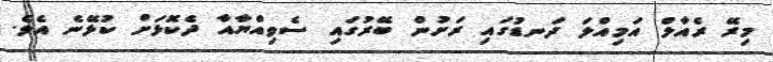
މިރޭ ރެއާލް އަމިއްލަ ދަނޑުގައި ރަށުން ބޭރުގައި ސެވިއްޔާއާ ދެކޮޅަށް ކުޅޭނެ އެވެ.